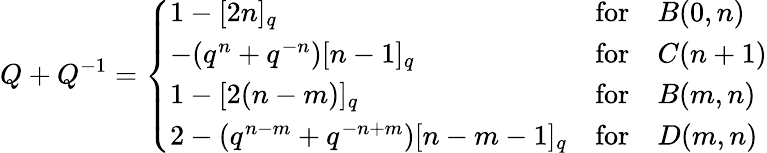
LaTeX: Q+Q^{-1}=\left\{ \begin{array}{lll}{{1-[2n]_{q}}}&{{\mathrm{for}}}&{{B(0,n)}}\\ {{-(q^{n}+q^{-n})[n-1]_{q}}}&{{\mathrm{for}}}&{{C(n+1)}}\\ {{1-[2(n-m)]_{q}}}&{{\mathrm{for}}}&{{B(m,n)}}\\ {{2-(q^{n-m}+q^{-n+m})[n-m-1]_{q}}}&{{\mathrm{for}}}&{{D(m,n)}}\end{array}\right.